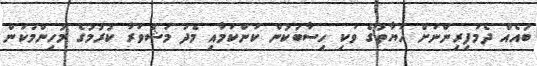
ބައެއް ދެމަފިރިންނަށް ހަޔާތުގެ ވަކި ހިސާބަކުން ކަންކަމާއި މެދު މަޝްވަރާ ކުރުމުގެ މުހިންމުކަން